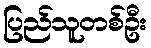
ပြည်သူတစ်ဦး